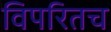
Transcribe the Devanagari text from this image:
विपरितच